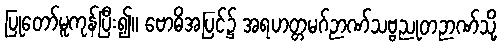
ပြုတော်မူကုန်ပြီး၍။ ဗောဓိအပြင်၌ အရဟတ္တမဂ်ဉာဏ်သဗ္ဗညုတဉာဏ်သို့